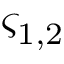
\varsigma _ { 1 , 2 }